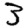
Digit: 3